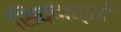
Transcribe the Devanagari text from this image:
सिद्दान्तो